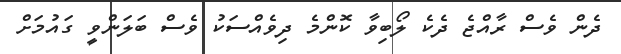
ދެން ވެސް ރާއްޖެ ދެކެ ލޯބިވާ ކޮންމެ ދިވެއްސަކު ވެސް ބަލަންވީ ގައުމަަށް